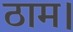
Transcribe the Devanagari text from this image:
ठाम।